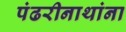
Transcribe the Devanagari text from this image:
पंढरीनाथांना